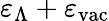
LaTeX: \varepsilon_{\Lambda}+\varepsilon_{\mathrm{vac}}